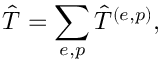
\hat { T } = \sum _ { e , p } \hat { T } ^ { ( e , p ) } ,